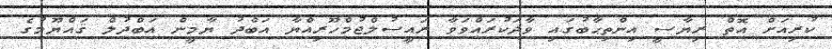
ކުރިއަށް އޮތް ރިޔާސީ އިންތިޙާބުގައި ވާދަކުރައްވަވާ ރައީސުލްޖުމްހޫރިއްޔާ އަބްދު ޔާމީން އަބްދުލް ޤައްޔޫމުގެ